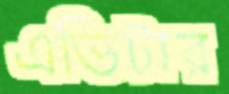
এভিটার